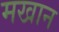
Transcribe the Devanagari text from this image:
मखान